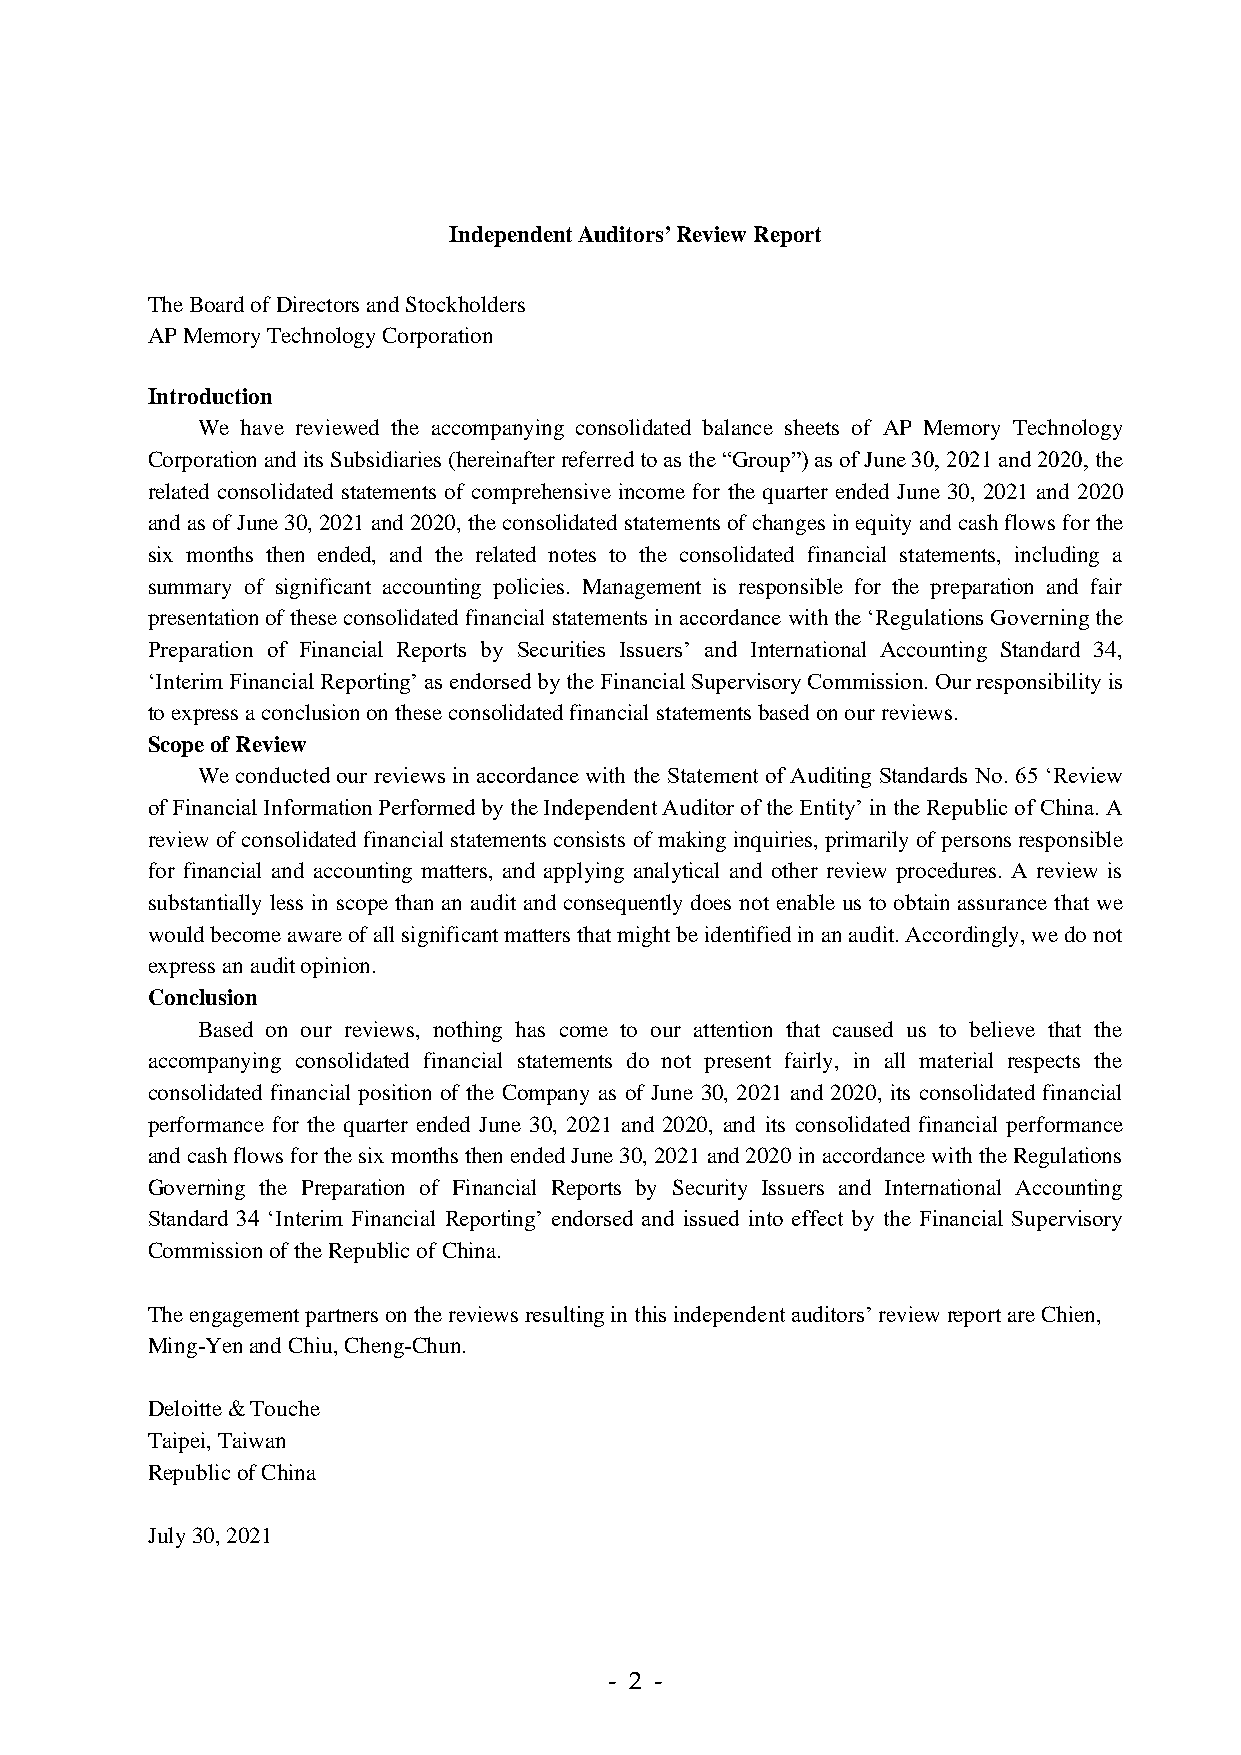
Independent Auditors’ Review Report
 The Board of Directors and Stockholders
 AP Memory Technology Corporation
 Introduction
 We have reviewed the accompanying consolidated balance sheets of AP Memory Technology
 Corporation and its Subsidiaries (hereinafter referred to as the “Group”) as of June 30, 2021 and 2020, the
 related consolidated statements of comprehensive income for the quarter ended June 30, 2021 and 2020
 and as of June 30, 2021 and 2020, the consolidated statements of changes in equity and cash flows for the
 six months then ended, and the related notes to the consolidated financial statements, including a
 summary of significant accounting policies. Management is responsible for the preparation and fair
 presentation of these consolidated financial statements in accordance with the ‘Regulations Governing the
 Preparation of Financial Reports by Securities Issuers’ and International Accounting Standard 34,
 ‘Interim Financial Reporting’ as endorsed by the Financial Supervisory Commission. Our responsibility is
 to express a conclusion on these consolidated financial statements based on our reviews.
 Scope of Review
 We conducted our reviews in accordance with the Statement of Auditing Standards No. 65 ‘Review
 of Financial Information Performed by the Independent Auditor of the Entity’ in the Republic of China. A
 review of consolidated financial statements consists of making inquiries, primarily of persons responsible
 for financial and accounting matters, and applying analytical and other review procedures. A review is
 substantially less in scope than an audit and consequently does not enable us to obtain assurance that we
 would become aware of all significant matters that might be identified in an audit. Accordingly, we do not
 express an audit opinion.
 Conclusion
 Based on our reviews, nothing has come to our attention that caused us to believe that the
 accompanying consolidated financial statements do not present fairly, in all material respects the
 consolidated financial position of the Company as of June 30, 2021 and 2020, its consolidated financial
 performance for the quarter ended June 30, 2021 and 2020, and its consolidated financial performance
 and cash flows for the six months then ended June 30, 2021 and 2020 in accordance with the Regulations
 Governing the Preparation of Financial Reports by Security Issuers and International Accounting
 Standard 34 ‘Interim Financial Reporting’ endorsed and issued into effect by the Financial Supervisory
 Commission of the Republic of China.
 The engagement partners on the reviews resulting in this independent auditors’ review report are Chien,
 Ming-Yen and Chiu, Cheng-Chun.
 Deloitte & Touche
 Taipei, Taiwan
 Republic of China
 July 30, 2021
 - 2 -